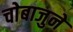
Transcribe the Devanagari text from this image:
चाेबाजुने